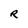
Character: R